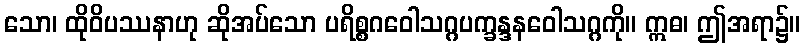
သော၊ ထိုဝိပဿနာဟု ဆိုအပ်သော ပရိစ္စဂဝေါသဂ္ဂပက္ခန္ဒနဝေါသဂ္ဂကို။ ဣဓ၊ ဤအရာ၌။